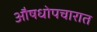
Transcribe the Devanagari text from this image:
औषधोपचारात